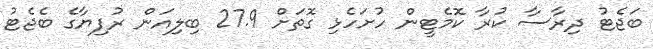
ބަޖެޓު ދިރާސާ ކުރާ ކޮމެޓީން ހުށަހެޅި ގޮތަށް 27.9 ބިލިއަން ރުފިޔާގެ ބެޖެޓު